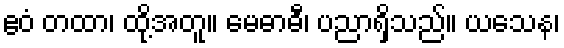
ဧဝံ တထာ၊ ထို့အတူ။ မေဓာဓီ၊ ပညာရှိသည်။ ယသေန၊